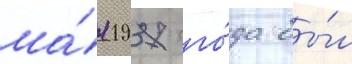
ма́я 1937 го́да бы́л